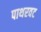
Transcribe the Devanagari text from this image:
पाथरवट